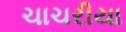
ચાચરીયા